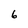
Character: 6